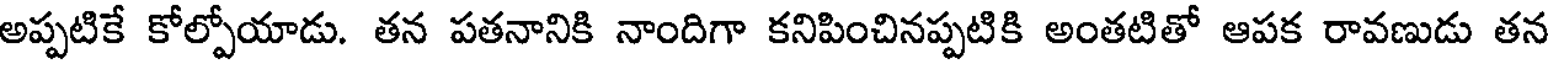
అప్పటికే కోల్పోయాడు. తన పతనానికి నాందిగా కనిపించినప్పటికి అంతటితో ఆపక రావణుడు తన